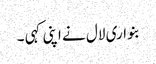
بنواری لال نے اپنی کہی ۔